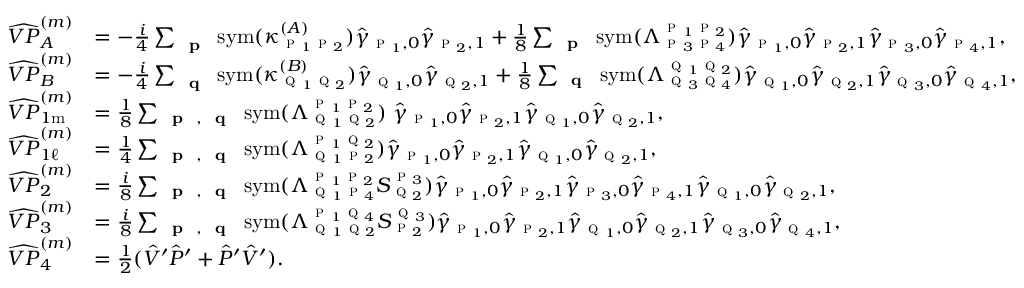
\begin{array} { r l } { \widehat { V P } _ { A } ^ { ( m ) } } & { = - \frac { i } { 4 } \sum _ { \textbf { \textsc { p } } } \mathrm { s y m } ( \kappa _ { \textsc { p } _ { 1 } \textsc { p } _ { 2 } } ^ { ( A ) } ) \hat { \gamma } _ { \textsc { p } _ { 1 } , 0 } \hat { \gamma } _ { \textsc { p } _ { 2 } , 1 } + \frac { 1 } { 8 } \sum _ { \substack { \textbf { \textsc { p } } } } \mathrm { s y m } ( \Lambda _ { \textsc { p } _ { 3 } \textsc { p } _ { 4 } } ^ { \textsc { p } _ { 1 } \textsc { p } _ { 2 } } ) \hat { \gamma } _ { \textsc { p } _ { 1 } , 0 } \hat { \gamma } _ { \textsc { p } _ { 2 } , 1 } \hat { \gamma } _ { \textsc { p } _ { 3 } , 0 } \hat { \gamma } _ { \textsc { p } _ { 4 } , 1 } , } \\ { \widehat { V P } _ { B } ^ { ( m ) } } & { = - \frac { i } { 4 } \sum _ { \textbf { \textsc { q } } } \mathrm { s y m } ( \kappa _ { \textsc { q } _ { 1 } \textsc { q } _ { 2 } } ^ { ( B ) } ) \hat { \gamma } _ { \textsc { q } _ { 1 } , 0 } \hat { \gamma } _ { \textsc { q } _ { 2 } , 1 } + \frac { 1 } { 8 } \sum _ { \substack { \textbf { \textsc { q } } } } \mathrm { s y m } ( \Lambda _ { \textsc { q } _ { 3 } \textsc { q } _ { 4 } } ^ { \textsc { q } _ { 1 } \textsc { q } _ { 2 } } ) \hat { \gamma } _ { \textsc { q } _ { 1 } , 0 } \hat { \gamma } _ { \textsc { q } _ { 2 } , 1 } \hat { \gamma } _ { \textsc { q } _ { 3 } , 0 } \hat { \gamma } _ { \textsc { q } _ { 4 } , 1 } , } \\ { \widehat { V P } _ { 1 \mathrm { m } } ^ { ( m ) } } & { = \frac { 1 } { 8 } \sum _ { \substack { \textbf { \textsc { p } } , \textbf { \textsc { q } } } } \mathrm { s y m } ( \Lambda _ { \textsc { q } _ { 1 } \textsc { q } _ { 2 } } ^ { \textsc { p } _ { 1 } \textsc { p } _ { 2 } } ) \; \hat { \gamma } _ { \textsc { p } _ { 1 } , 0 } \hat { \gamma } _ { \textsc { p } _ { 2 } , 1 } \hat { \gamma } _ { \textsc { q } _ { 1 } , 0 } \hat { \gamma } _ { \textsc { q } _ { 2 } , 1 } , } \\ { \widehat { V P } _ { 1 \ell } ^ { ( m ) } } & { = \frac { 1 } { 4 } \sum _ { \substack { \textbf { \textsc { p } } , \textbf { \textsc { q } } } } \mathrm { s y m } ( \Lambda _ { \textsc { q } _ { 1 } \textsc { p } _ { 2 } } ^ { \textsc { p } _ { 1 } \textsc { q } _ { 2 } } ) \hat { \gamma } _ { \textsc { p } _ { 1 } , 0 } \hat { \gamma } _ { \textsc { p } _ { 2 } , 1 } \hat { \gamma } _ { \textsc { q } _ { 1 } , 0 } \hat { \gamma } _ { \textsc { q } _ { 2 } , 1 } , } \\ { \widehat { V P } _ { 2 } ^ { ( m ) } } & { = \frac { i } { 8 } \sum _ { \substack { \textbf { \textsc { p } } , \textbf { \textsc { q } } } } \mathrm { s y m } ( \Lambda _ { \textsc { q } _ { 1 } \textsc { p } _ { 4 } } ^ { \textsc { p } _ { 1 } \textsc { p } _ { 2 } } S _ { \textsc { q } _ { 2 } } ^ { \textsc { p } _ { 3 } } ) \hat { \gamma } _ { \textsc { p } _ { 1 } , 0 } \hat { \gamma } _ { \textsc { p } _ { 2 } , 1 } \hat { \gamma } _ { \textsc { p } _ { 3 } , 0 } \hat { \gamma } _ { \textsc { p } _ { 4 } , 1 } \hat { \gamma } _ { \textsc { q } _ { 1 } , 0 } \hat { \gamma } _ { \textsc { q } _ { 2 } , 1 } , } \\ { \widehat { V P } _ { 3 } ^ { ( m ) } } & { = \frac { i } { 8 } \sum _ { \substack { \textbf { \textsc { p } } , \textbf { \textsc { q } } } } \mathrm { s y m } ( \Lambda _ { \textsc { q } _ { 1 } \textsc { q } _ { 2 } } ^ { \textsc { p } _ { 1 } \textsc { q } _ { 4 } } S _ { \textsc { p } _ { 2 } } ^ { \textsc { q } _ { 3 } } ) \hat { \gamma } _ { \textsc { p } _ { 1 } , 0 } \hat { \gamma } _ { \textsc { p } _ { 2 } , 1 } \hat { \gamma } _ { \textsc { q } _ { 1 } , 0 } \hat { \gamma } _ { \textsc { q } _ { 2 } , 1 } \hat { \gamma } _ { \textsc { q } _ { 3 } , 0 } \hat { \gamma } _ { \textsc { q } _ { 4 } , 1 } , } \\ { \widehat { V P } _ { 4 } ^ { ( m ) } } & { = \frac { 1 } { 2 } ( \hat { V } ^ { \prime } \hat { P } ^ { \prime } + \hat { P } ^ { \prime } \hat { V } ^ { \prime } ) . } \end{array}